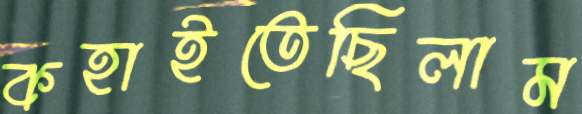
কহাইতেছিলাম